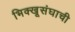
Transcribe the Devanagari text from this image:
भिक्खूसंघाची